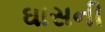
ઘાસની